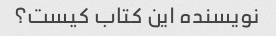
نویسنده این کتاب کیست؟